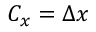
C _ { x } = \Delta x